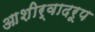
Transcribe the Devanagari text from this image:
आशीर्वादरूप